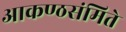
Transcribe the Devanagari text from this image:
आकण्ठसंमिते